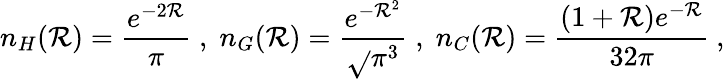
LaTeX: n_{H}(\mathcal{R})=\frac{{e^{-2\mathcal{R}}}}{{\pi}}\; ,\; n_{G}(\mathcal{R})=\frac{{e^{-\mathcal{R}^{2}}}}{{\sqrt{}{{\pi}}^{3}}}\; ,\; n_{C}(\mathcal{R})=\frac{{(1+\mathcal{R})e^{-\mathcal{R}}}}{{32\pi}}\ ,